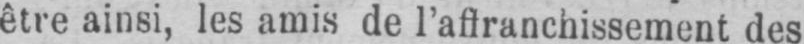
être ainsi, les amis de l’affranchissement des